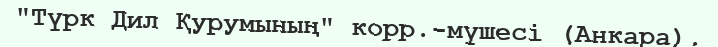
"Түрк Дил Қурумының" корр.-мүшесі (Анкара).